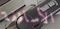
الأساقفة